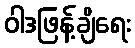
ဝါဒဖြန့်ချိရေး